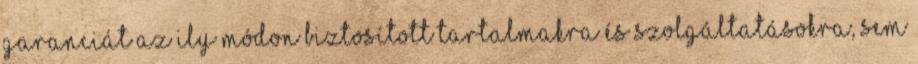
GARANCIÁT AZ ILY MÓDON BIZTOSÍTOTT TARTALMAKRA ÉS SZOLGÁLTATÁSOKRA, SEM